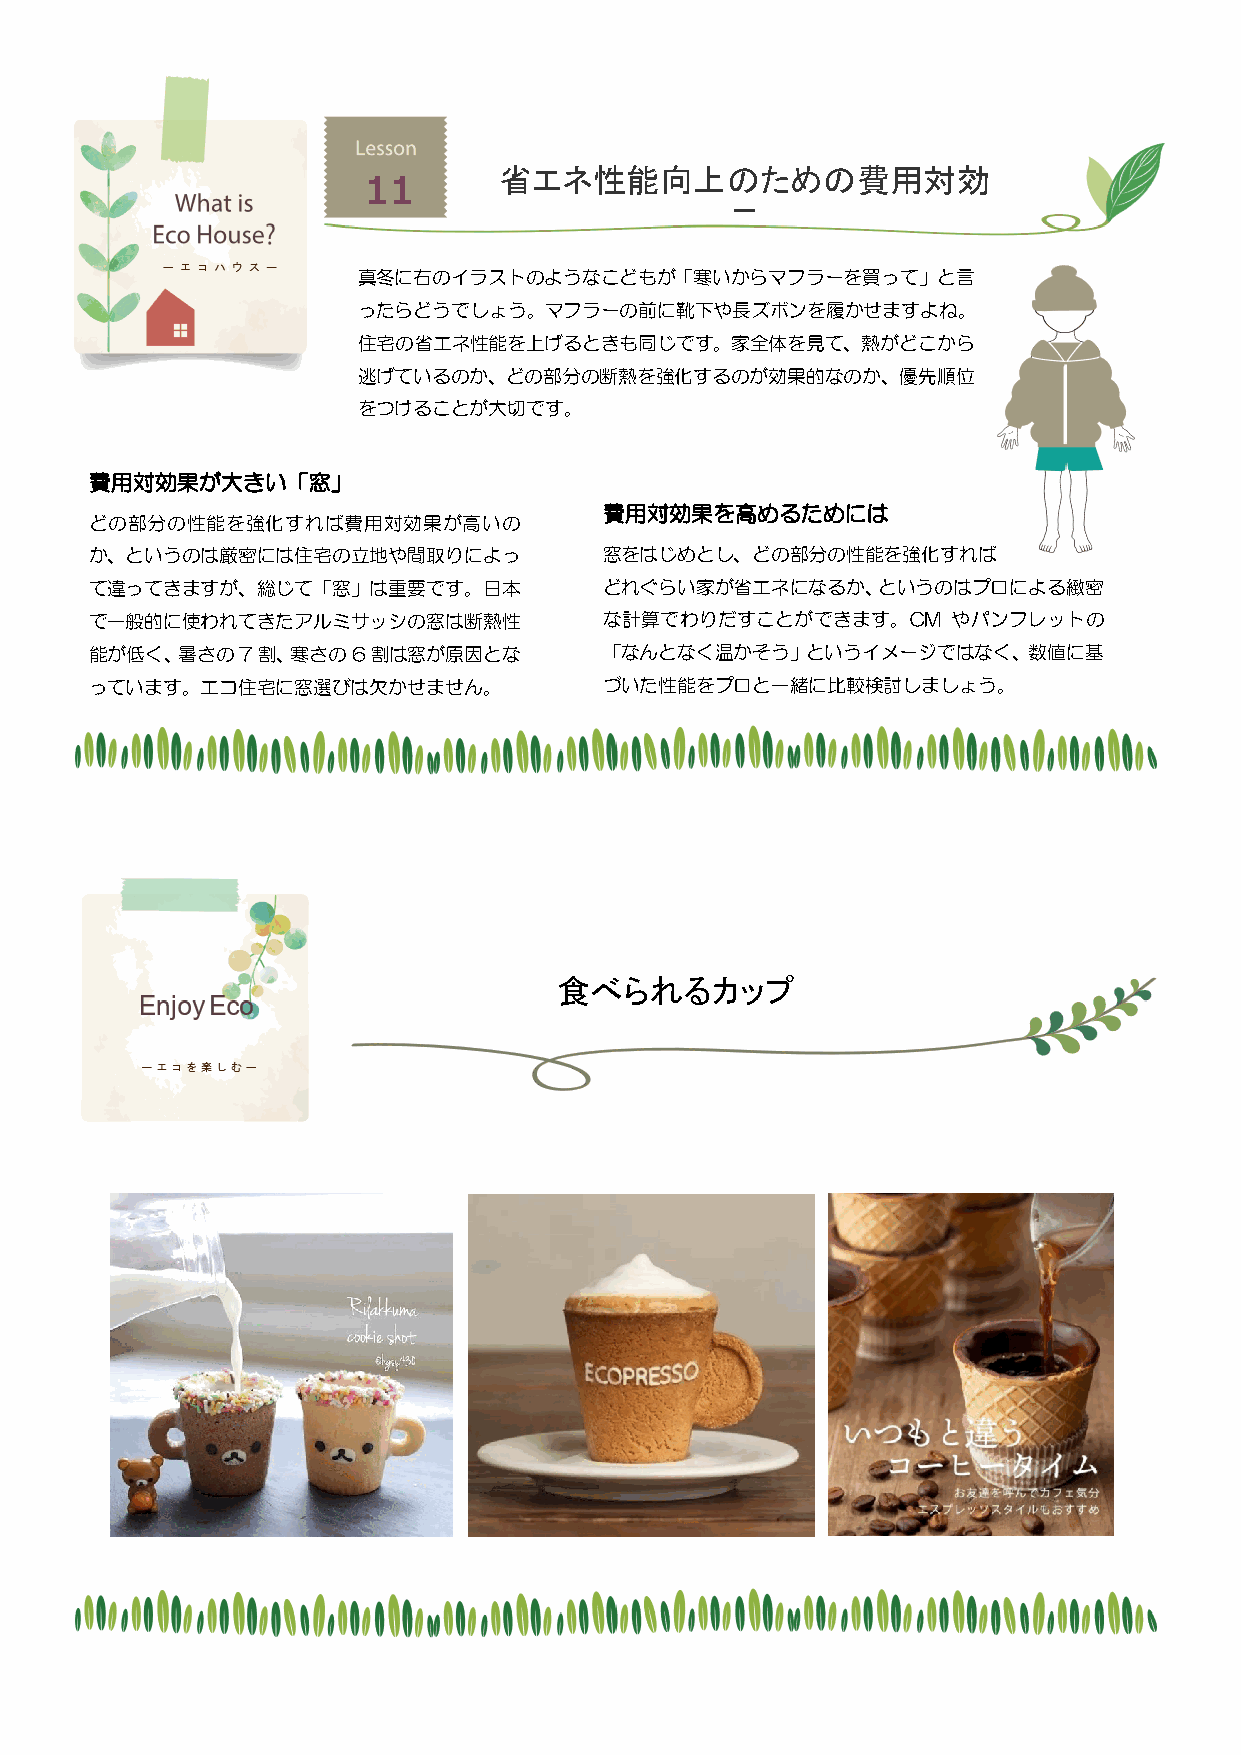
省エネ性能向上のための費用対効
 11
 果
 真冬に右のイラストのようなこどもが「寒いからマフラーを買って」と言
 ったらどうでしょう。マフラーの前に靴下や長ズボンを履かせますよね。
 住宅の省エネ性能を上げるときも同じです。家全体を見て、熱がどこから
 逃げているのか、どの部分の断熱を強化するのが効果的なのか、優先順位
 をつけることが大切です。
 費用対効果が大きい「窓」
 費用対効果を高めるためには
 どの部分の性能を強化すれば費用対効果が高いの
 か、というのは厳密には住宅の立地や間取りによっ           窓をはじめとし、どの部分の性能を強化すれば
 て違ってきますが、総じて「窓」は重要です。日本           どれぐらい家が省エネになるか、というのはプロによる緻密
 で一般的に使われてきたアルミサッシの窓は断熱性           な計算でわりだすことができます。CM     やパンフレットの
 能が低く、暑さの7割、寒さの6割は窓が原因とな           「なんとなく温かそう」というイメージではなく、数値に基
 っています。エコ住宅に窓選びは欠かせません。            づいた性能をプロと一緒に比較検討しましょう。
 食べられるカップ